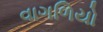
વાગળિયો